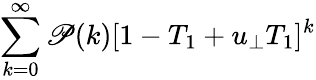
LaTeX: \sum_{k=0}^{\infty}\mathscr{P}(k)[1-T_{1}+u_{\bot}T_{1}]^{k}